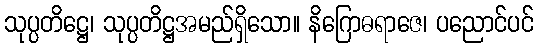
သုပ္ပတိဋ္ဌေ၊ သုပ္ပတိဋ္ဌအမည်ရှိသော။ နိဂြောဓရာဇေ၊ ပညောင်ပင်